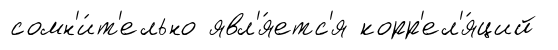
сомн'и́т'ельно явл'я́етс'я корр'ел'я́ций